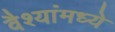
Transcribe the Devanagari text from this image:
वैश्यांमध्ये